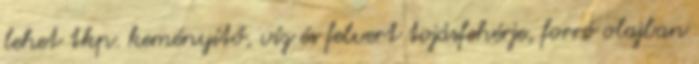
lehet tkp. keményítő, víz és felvert tojásfehérje, forró olajban